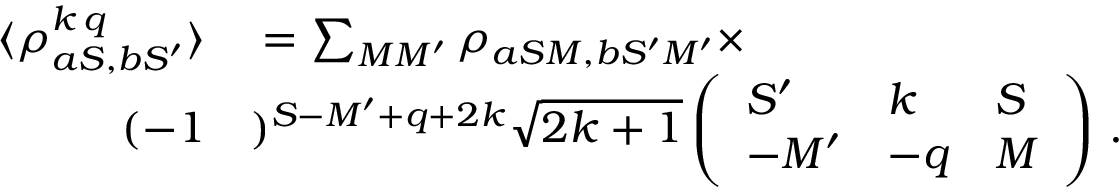
\begin{array} { r l } { \langle \rho _ { a S , b S ^ { \prime } } ^ { k \, q } \rangle } & { { } = \sum _ { M M ^ { \prime } } \rho _ { a S M , b S ^ { \prime } M ^ { \prime } } \times } \\ { ( - 1 } & { { } ) ^ { S - M ^ { \prime } + q + 2 k } \sqrt { 2 k + 1 } \left( \begin{array} { l l l } { S ^ { \prime } } & { k } & { S } \\ { - M ^ { \prime } } & { - q } & { M } \end{array} \right) \, . } \end{array}